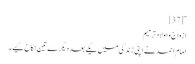
“[37]
ازواج و اولادترمیم
امام احمد نے اپنی زندگی میں یکے بعد دیگرے تین نکاح کیے۔